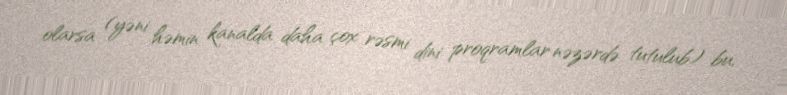
olarsa (yəni həmin kanalda daha çox rəsmi dini proqramlar nəzərdə tutulub) bu,